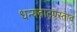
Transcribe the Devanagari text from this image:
धन्यवादप्रस्ताव